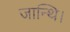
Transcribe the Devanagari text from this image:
जान्थि।